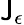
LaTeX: \mathsf{J}_{\epsilon}